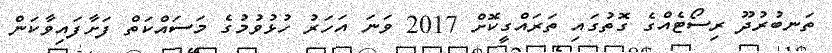
ތަނބުރުދޫ ރިސޯޓެއްގެ ގޮތުގައި ތަރައްގީކޮށް 2017 ވަނަ އަހަރު ހުޅުވުމުގެ މަސައްކަތް ފަށާފައިވާކަން